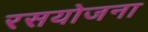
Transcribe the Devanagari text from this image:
रसयोजना